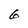
Character: 6